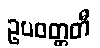
ဥပဝတ္တတီ